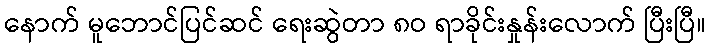
နောက် မူဘောင်ပြင်ဆင် ရေးဆွဲတာ ၈ဝ ရာခိုင်းနှုန်းလောက် ပြီးပြီ။